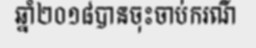
ឆ្នាំ២០១៨បានចុះចាប់ករណី